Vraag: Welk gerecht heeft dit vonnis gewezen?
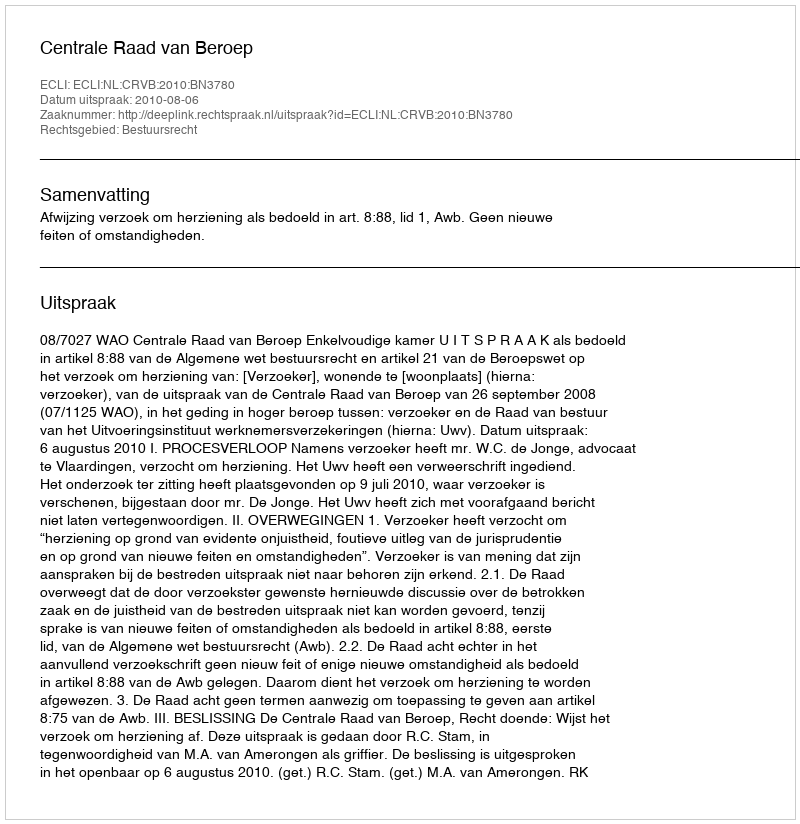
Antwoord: Centrale Raad van Beroep